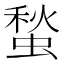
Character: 蝵